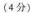
(4分)